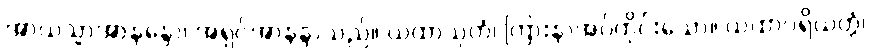
အာယသ္မာအာနန္ဒော၊ အရှင်အာနန္ဒာသည်။ ယထာသုတံ၊ ကြားနာအပ်တိုင်းသော။ ယထာပရိယတ္တံ၊